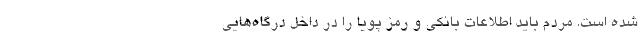
شده است. مردم باید اطلاعات بانکی و رمز پویا را در داخل درگاه‌هایی